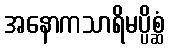
အနောကသာရိမပ္ပိစ္ဆံ